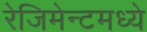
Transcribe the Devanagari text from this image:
रेजिमेन्टमध्ये